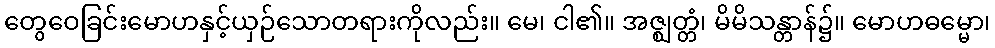
တွေဝေခြင်းမောဟနှင့်ယှဉ်သောတရားကိုလည်း။ မေ၊ ငါ၏။ အဇ္ဈတ္တံ၊ မိမိသန္တာန်၌။ မောဟဓမ္မော၊